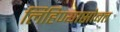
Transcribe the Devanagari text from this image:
लिहिण्यासोबत